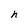
Character: h